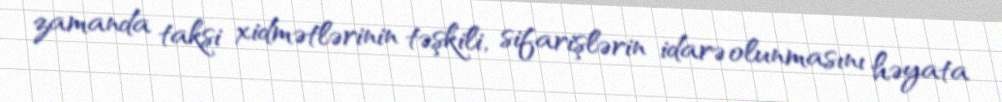
zamanda taksi xidmətlərinin təşkili, sifarişlərin idarə olunmasını həyata